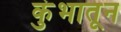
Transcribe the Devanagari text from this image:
कुंभातून